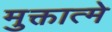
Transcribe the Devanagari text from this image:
मुक्तात्मे